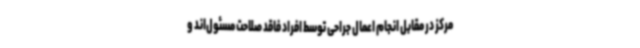
مرکز در مقابل انجام اعمال جراحی توسط افراد فاقد صلاحت مسئول‌اند و